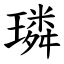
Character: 璘